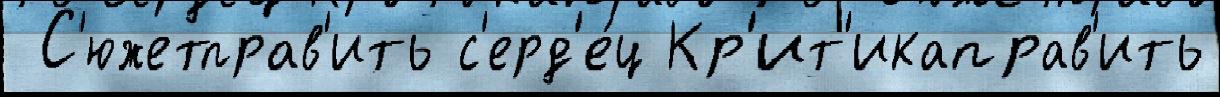
 С'южетправ'ить с'ерд'е́ц Кр'ит'икаправ'ить